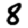
Digit: 8